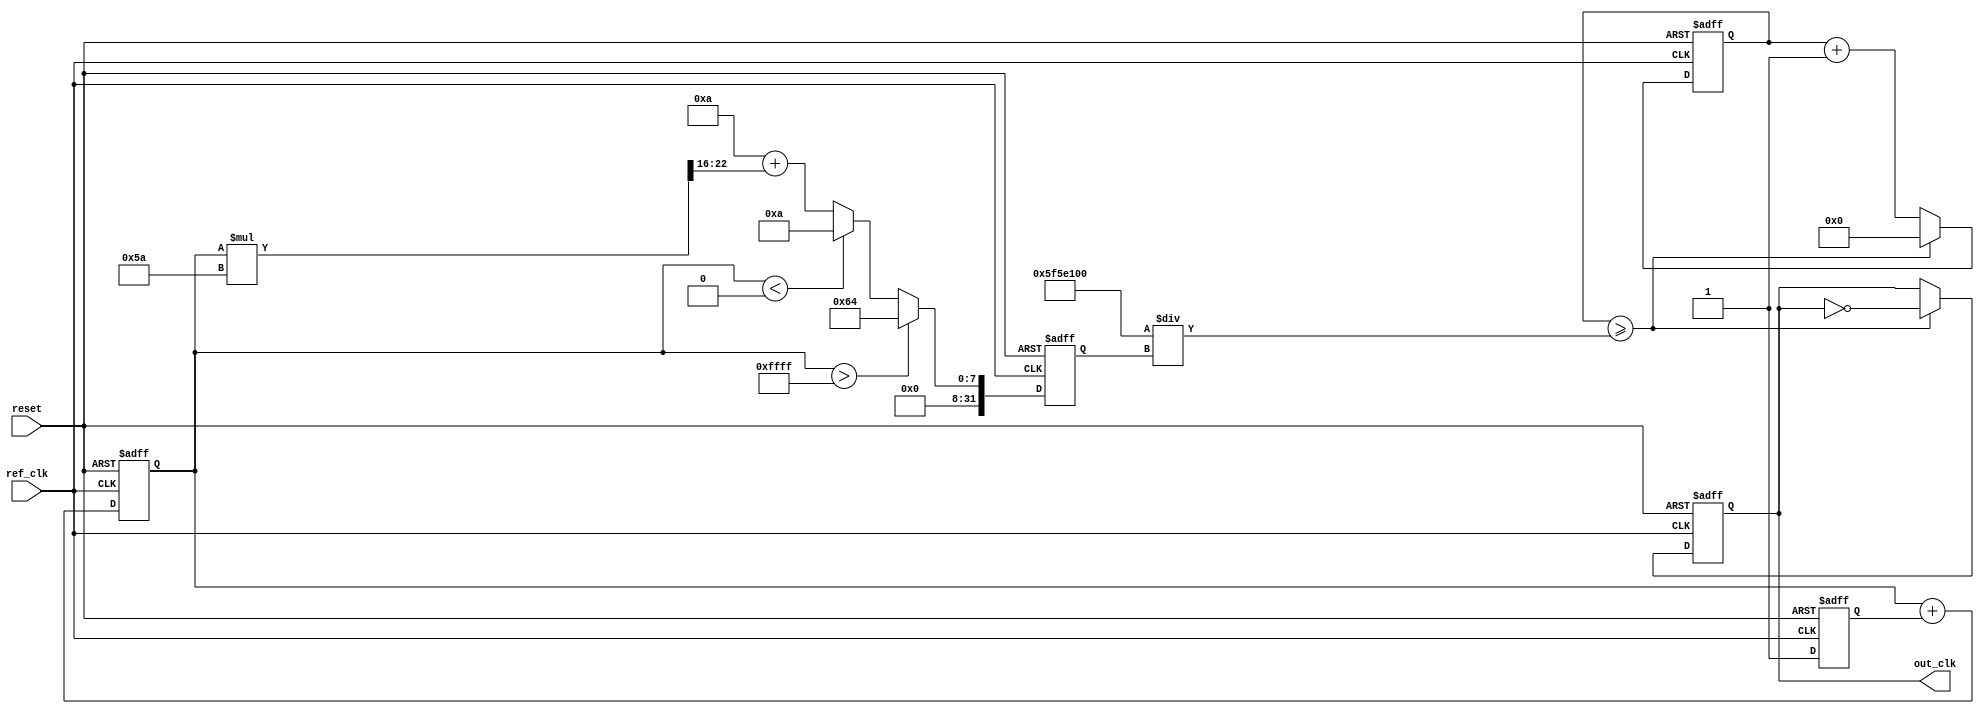
module Type1_PLL (
    input wire ref_clk,          // Reference clock input
    input wire reset,            // Reset signal
    output reg out_clk           // Output clock
);

// Parameters
parameter VCO_MAX_FREQ = 100; // Max frequency of VCO
parameter VCO_MIN_FREQ = 10;   // Min frequency of VCO
parameter CLK_DIVIDER = 4;      // Divider for feedback

// Phase Detector output
reg pd_output;

// Low-Pass Filter (simple integrator)
reg [15:0] filter_output; // Control voltage for VCO
always @(posedge ref_clk or posedge reset) begin
    if (reset) 
        filter_output <= 16'b0;
    else 
        filter_output <= filter_output + pd_output; // Integrate PD output
end

// Voltage-Controlled Oscillator (VCO)
reg [31:0] vco_counter;
reg [31:0] vco_freq; // VCO frequency control
always @(posedge ref_clk or posedge reset) begin
    if (reset) begin
        out_clk <= 0;
        vco_counter <= 0;
        vco_freq <= VCO_MIN_FREQ; // Start with minimum frequency
    end else begin
        if (vco_counter >= (100_000_000 / vco_freq)) begin // Adjust according to the clock period
            out_clk <= ~out_clk; // Toggle output clock
            vco_counter <= 0; // Reset counter
        end else begin
            vco_counter <= vco_counter + 1;
        end

        // Adjust VCO frequency based on LPF output
        if (filter_output > 16'hFFFF) // Cap at max
            vco_freq <= VCO_MAX_FREQ;
        else if (filter_output < 16'h0000) // Cap at min
            vco_freq <= VCO_MIN_FREQ;
        else
            vco_freq <= VCO_MIN_FREQ + (filter_output * (VCO_MAX_FREQ - VCO_MIN_FREQ) >> 16);
    end
end

// Phase Detector (basic example)
always @(posedge ref_clk or posedge reset) begin
    if (reset) 
        pd_output <= 0;
    else begin
        // Here, you would implement a phase detection logic
        // This is a simple example. You should replace this with actual PD logic
        if (out_clk > ref_clk) 
            pd_output <= 1; // output clock is leading
        else 
            pd_output <= -1; // output clock is lagging
    end
end

endmodule